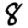
Digit: 8